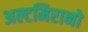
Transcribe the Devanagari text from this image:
अल्टमिरानो